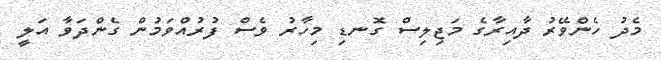
މެދު ހެންވޭރު ދާއިރާގެ މަޖިލިސް ގޮނޑި މިހާރު ވެސް ފުރުއްވަމުން ގެންދަވާ އަލީ